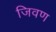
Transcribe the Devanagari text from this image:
जिवण